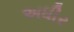
અધીર